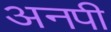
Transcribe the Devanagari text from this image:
अनपी